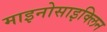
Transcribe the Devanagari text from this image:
माइनोसाइक्लिन